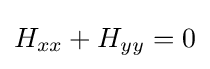
H_{xx}+H_{yy}=0